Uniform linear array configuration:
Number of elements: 32
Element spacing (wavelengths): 0.25
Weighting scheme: hamming
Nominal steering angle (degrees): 45
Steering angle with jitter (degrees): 45.379
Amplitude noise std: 0.05
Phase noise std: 0.05

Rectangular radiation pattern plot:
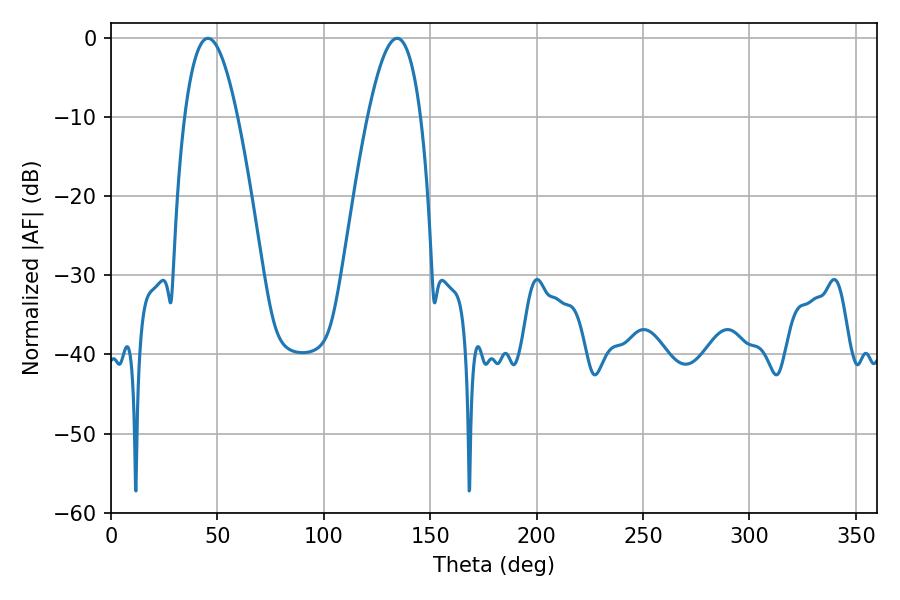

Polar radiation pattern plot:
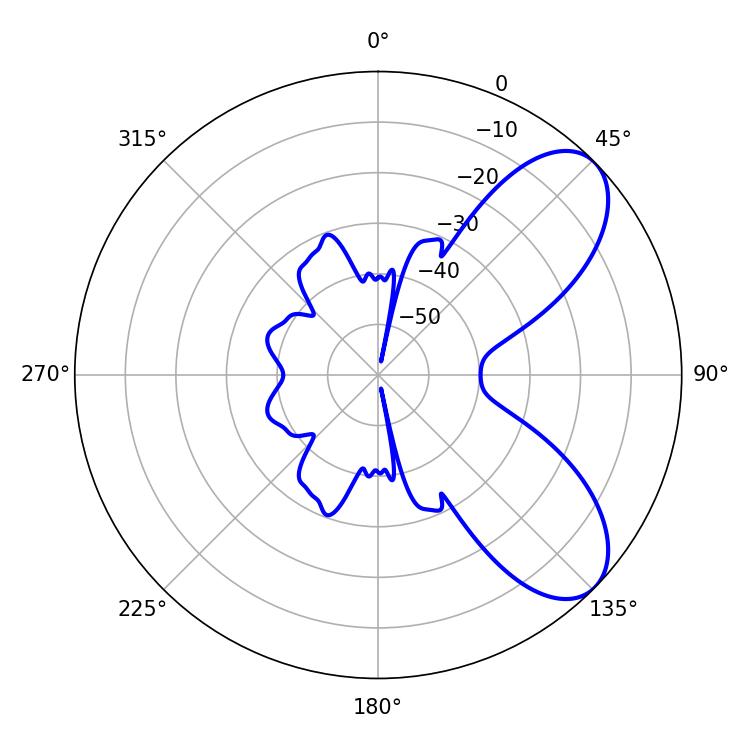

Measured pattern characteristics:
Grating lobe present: FALSE
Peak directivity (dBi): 7.341
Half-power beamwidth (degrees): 13.5
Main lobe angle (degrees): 45.54